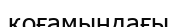
қоғамындағы